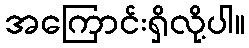
အကြောင်းရှိလို့ပါ။